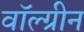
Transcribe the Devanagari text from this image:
वॉल्ग्रीन